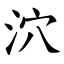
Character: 泬